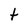
Character: t